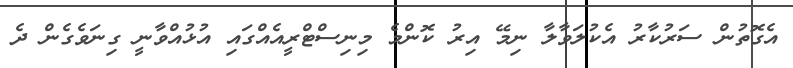
އެގޮތުން ސަރުކާރު އެކުލަވާލާ ނިމޭ އިރު ކޮންމެ މިނިސްޓްރީއެއްގައި އުޅުއްވާނީ ގިނަވެގެން ދެ